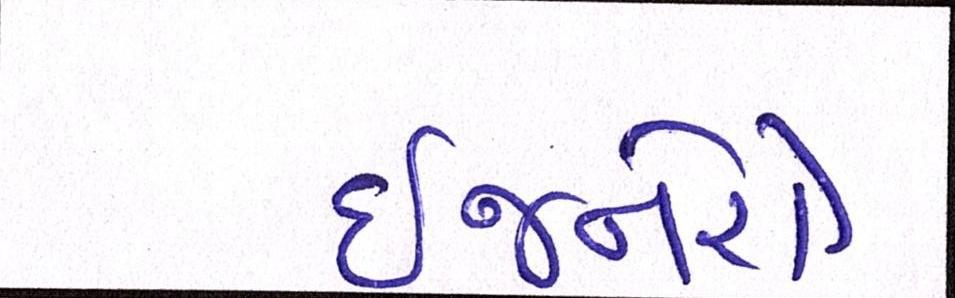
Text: ઈજનેરો